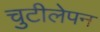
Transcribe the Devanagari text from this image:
चुटीलेपन